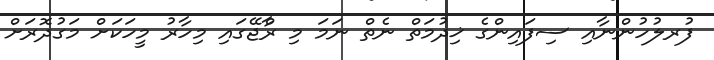
ފުރލުހުންނާއި ސިފައިންގެ ޚިދުމަތް ނެތް ނަމަ މި ރާްޖޭގައި މިހާރު މީހަކަށް މަގުދޮރަށް